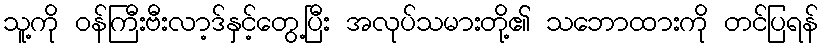
သူ့ကို ဝန်ကြီးဗီးလာ့ဒ်နှင့်တွေ့ပြီး အလုပ်သမားတို့၏ သဘောထားကို တင်ပြရန်